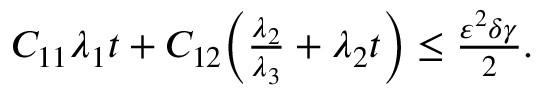
\begin{array} { r } { C _ { 1 1 } \lambda _ { 1 } t + C _ { 1 2 } \Big ( \frac { \lambda _ { 2 } } { \lambda _ { 3 } } + \lambda _ { 2 } t \Big ) \le \frac { \varepsilon ^ { 2 } \delta \gamma } { 2 } . } \end{array}